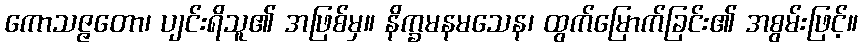
ကောသဇ္ဇတော၊ ပျင်းရိသူ၏ အဖြစ်မှ။ နိက္ခမနမသေန၊ ထွက်မြောက်ခြင်း၏ အစွမ်းဖြင့်။